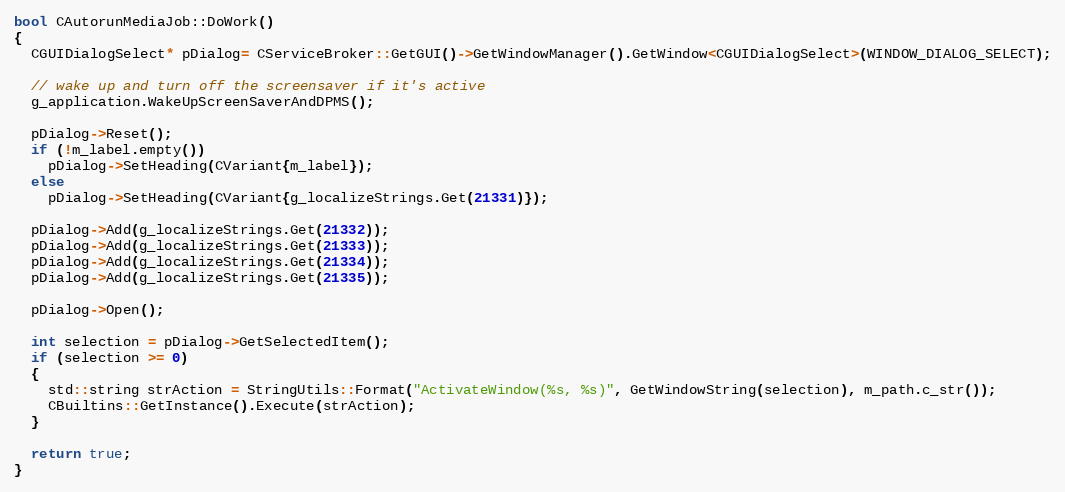
Language: C++
bool CAutorunMediaJob::DoWork()
{
  CGUIDialogSelect* pDialog= CServiceBroker::GetGUI()->GetWindowManager().GetWindow<CGUIDialogSelect>(WINDOW_DIALOG_SELECT);

  // wake up and turn off the screensaver if it's active
  g_application.WakeUpScreenSaverAndDPMS();

  pDialog->Reset();
  if (!m_label.empty())
    pDialog->SetHeading(CVariant{m_label});
  else
    pDialog->SetHeading(CVariant{g_localizeStrings.Get(21331)});

  pDialog->Add(g_localizeStrings.Get(21332));
  pDialog->Add(g_localizeStrings.Get(21333));
  pDialog->Add(g_localizeStrings.Get(21334));
  pDialog->Add(g_localizeStrings.Get(21335));

  pDialog->Open();

  int selection = pDialog->GetSelectedItem();
  if (selection >= 0)
  {
    std::string strAction = StringUtils::Format("ActivateWindow(%s, %s)", GetWindowString(selection), m_path.c_str());
    CBuiltins::GetInstance().Execute(strAction);
  }

  return true;
}